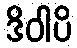
ဒိဝါပိ